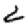
Digit: 2